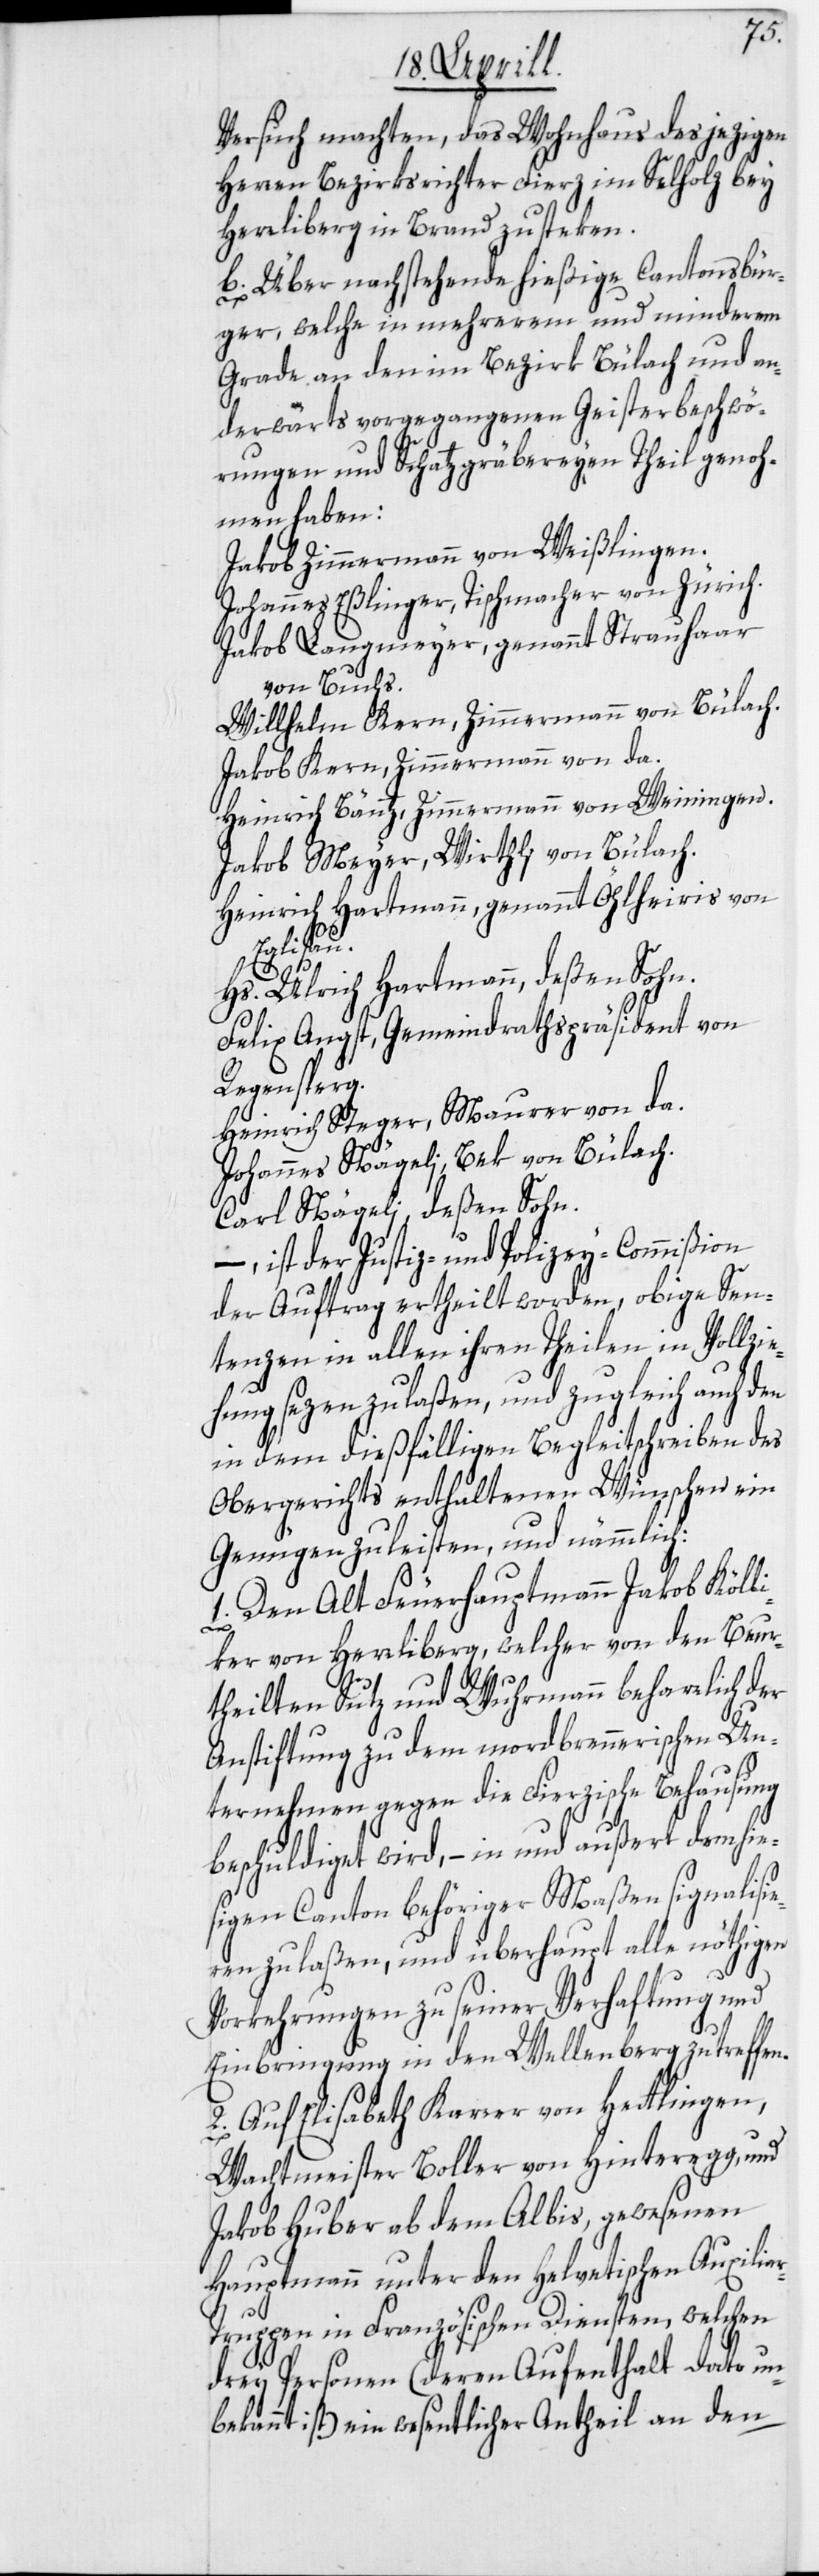
Versuch machten, das Wohnhaus des jezigen
Herren Bezirksrichter Fierz im Selholz bey
Herrliberg in Brand zu steken.
b. Über nachstehende hießige Cantonsbür¬
ger, welche in mehrerem und minderem
Grade an den im Bezirk Bülach und an¬
derwärts vorgegangenen Geisterbeschwö¬
rungen und Schatzgräbereyen Theil genoh¬
men haben:
Jakob Zimmermann von Weißlingen.
Johannes Eßlinger, Tischmacher von Zürich.
Jakob Langmeyer, genannt Strauhaar
von Buchs.
Willhelm Kern, Zimmermann von Bülach.
Jakob Kern, Zimmermann von da.
Heinrich Bäntz, Zimmermann von Weiningen.
Jakob Meyer, Wirth von Bülach.
Heinrich Hartmann, genannt Öhlheiris von
Eglisau.
Hs. Ulrich Hartmann, deßen Sohn.
Felix Angst, Gemeindrathspräsident von
Regensperg.
Heinrich Steger, Maurer von da.
Johannes Nägeli, Bek von Bülach.
Carl Nägeli, deßen Sohn.
ist der Justiz- und Polizey-Commißion
der Auftrag ertheilt worden, obige Sen¬
tenzen in allen ihren Theilen in Vollzie¬
hung sezen zu laßen, und zugleich auch den
in dem dießfälligen Begleitschreiben des
Obergerichts enthaltenen Wünschen ein
Genügen zu leisten, und nämmlich:
1. Den Alt Feuerhauptmann Jakob Köll¬
iker von Herrliberg, welcher von den Beur¬
theilten Sutz und Wuhrmann beharrlich der
Anstiftung zu dem mordbrennerischen Un¬
ternehmen gegen die Fierzische Behausung
beschuldiget wird, – in und außert dem hie¬
sigen Canton behöriger Maßen signalisie¬
ren zu laßen, und überhaupt alle nöthigen
Vorkehrungen zu seiner Verhaftung und
Einbringung in den Wellenberg zu treffen.
2. Auf Elisabeth Karrer von Hettlingen,
Wachtmeister Boller von Hinteregg, und
Jakob Huber ab dem Albis, gewesenen
Hauptmann unter den Helvetischen Auxilia¬
r-Truppen in Französischen Diensten, welchen
drey Personen (deren Aufenthalt dato un¬
bekannt ist) ein wesentlicher Antheil an den